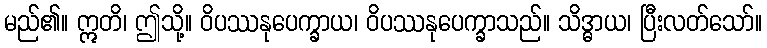
မည်၏။ ဣတိ၊ ဤသို့။ ဝိပဿနုပေက္ခာယ၊ ဝိပဿနုပေက္ခာသည်။ သိဒ္ဓာယ၊ ပြီးလတ်သော်။